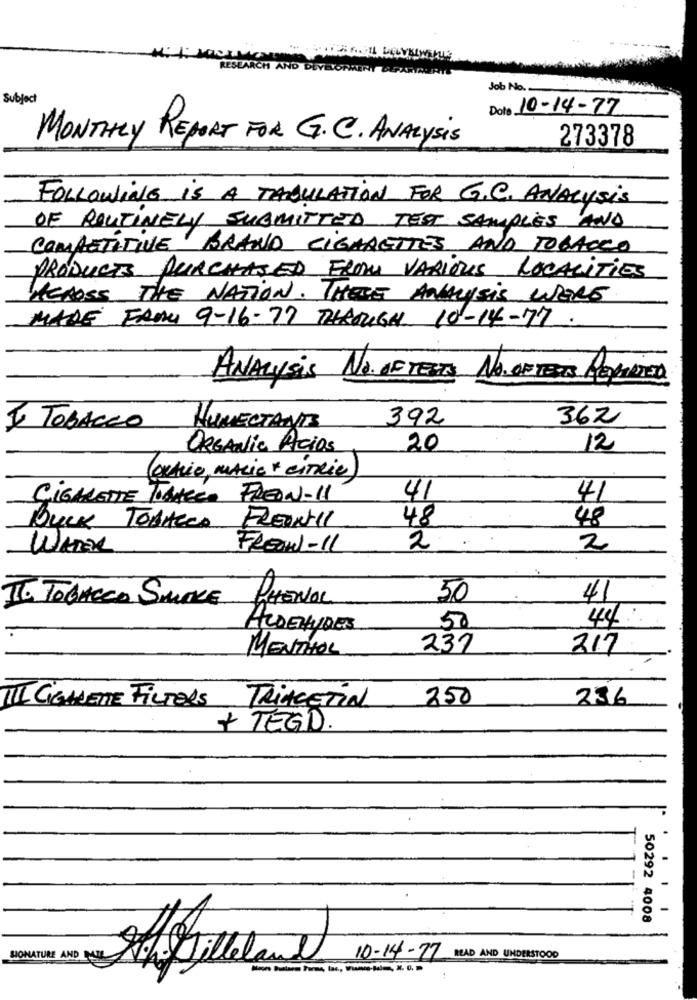
RESEARCH AND DEVELOPMENT
Job No.
Subject
Dota 10-14-77
MONTHLY REPORT FOR G.C. ANALYSIS
273378
FOLLOWING is A TABULATION FOR G.C. ANALYSIS
OF ROUTINELY SUBMITTED TEST SAMPLES AND
COMPETITIVE BRAND CIGARETTES AND TOBACCO
PRODUCTS PURCHASED FROM VARIOUS LOCALITIES
MEDOSS THE NATION. THESE ANALYSIS WERE
MADE FAMI 9-16-77 THROUGH 10-14-77
ANALYSIS NO. OF TESTS NO.OFTEXAS PERVIDEO
392
362
I TOBACCO
HUMECTANTS
ORGANIC Acios
20
12
(octrio, MARIE " ciTRIC)
CIGARETTE TIANEGO FREON-11
41
41
48
48
BULK TOBACCO
FREANTIL
WATER
FREON-1L
2
2
16 TOBACCO SMOKE
PHENOL
50
41
44 :
ALDEHYDES
50
MENTHOL
237
217
III CIGARETTE FILTERS
250
286
TRIACETIN
+ TEGO.
.
50292 4008
SONATURE AND
10-14-77 READ AND UNDERSTOOD
Thilleland